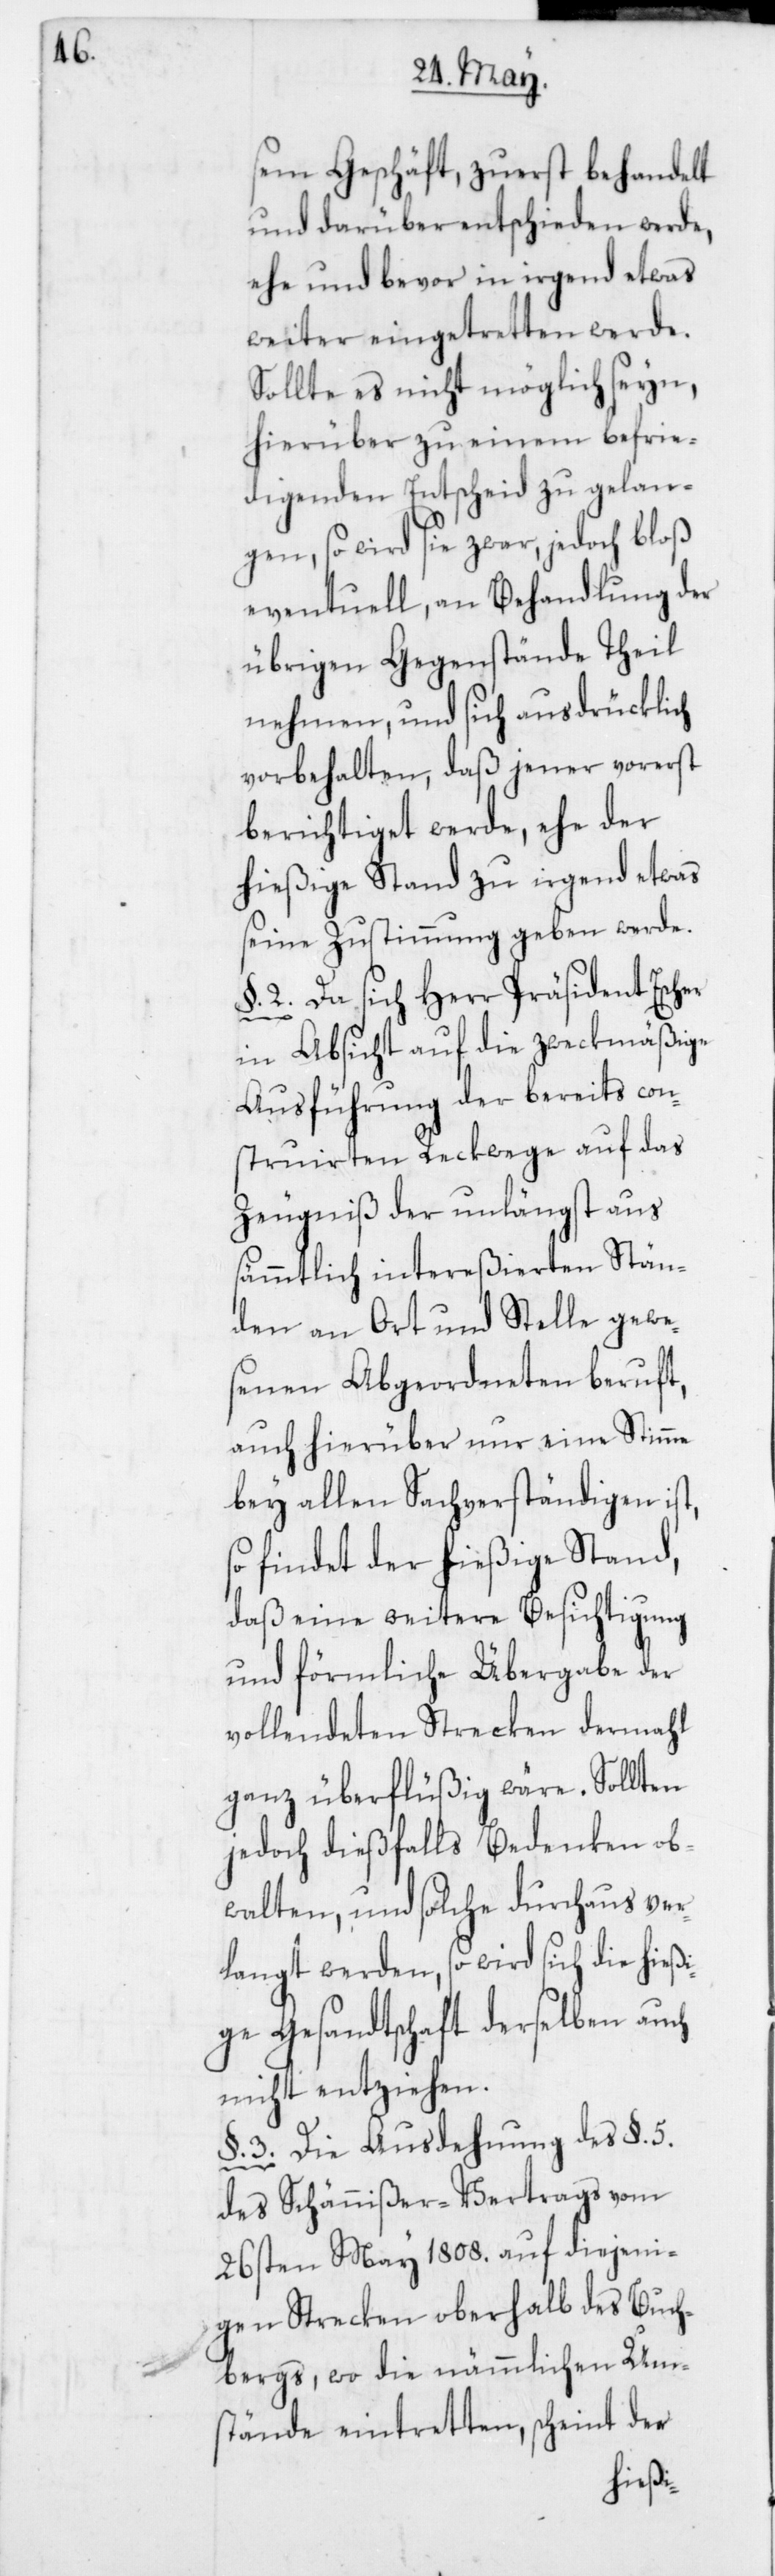
sem Geschäft, zuerst behandelt
und darüber entschieden werde,
ehe und bevor in irgend etwas
weiter eingetretten werde.
Sollte es nicht möglich seyn,
hierüber zu einem befrie¬
digendem Entscheid zu gelan¬
gen, so wird sie zwar, jedoch bloß
eventuell, an Behandlung der
übrigen Gegenstände Theil
nehmen, und sich ausdrücklich
vorbehalten, daß jener vorerst
berichtiget werde, ehe der
hießige Stand zu irgend etwas
seine Zustimmung geben werde.
§. 2. Da sich Herr Präsident Escher
in Absicht auf die zweckmäßige
Ausführung der bereits con¬
struirten Reckwege auf das
Zeugniß der unlängst aus
sämmtlich intereßierten Stän¬
den an Ort und Stelle gewe¬
senen Abgeordneten beruft,
auch hierüber nur eine Stimme
bey allen Sachverständigen ist,
so findet der hießige Stand,
daß eine weitere Besichtigung
und förmliche Übergabe der
vollendeten Strecken dermahl
ganz überflüßig wäre. Sollten
jedoch dießfalls Bedenken ob¬
walten, und solche durchaus ver¬
langt werden, so wird sich die hießi¬
ge Gesandtschaft derselben auch
nicht entziehen.
§. 3. Die Ausdehung des §. 5.
des Schännißer-Vertrags vom
26sten May 1808 auf diejeni¬
gen Strecken oberhalb des Buch¬
bergs, wo die nämmlichen Um¬
stände eintretten, scheint der